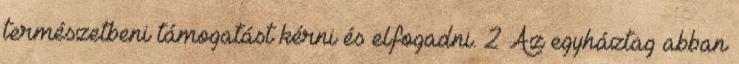
természetbeni támogatást kérni és elfogadni. 2 Az egyháztag abban